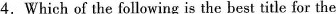
4.Which of the following is the best title for the